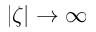
| \zeta | \to \infty